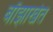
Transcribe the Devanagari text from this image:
बाँझाखेत